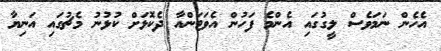
އެހެން ނަަމަވެސް ލީގުގައި އެންމެ ފަހުން އެވަޓަންއާ ދެކޮޅަށް ކުޅުނު މެޗުގައި އަނިޔާ